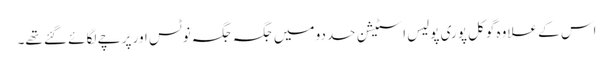
اس کے علاوہ گوکل پوری پولیس اسٹیشن حددو میں جگہ جگہ نوٹس اور پرچے لگائے گئے تھے۔